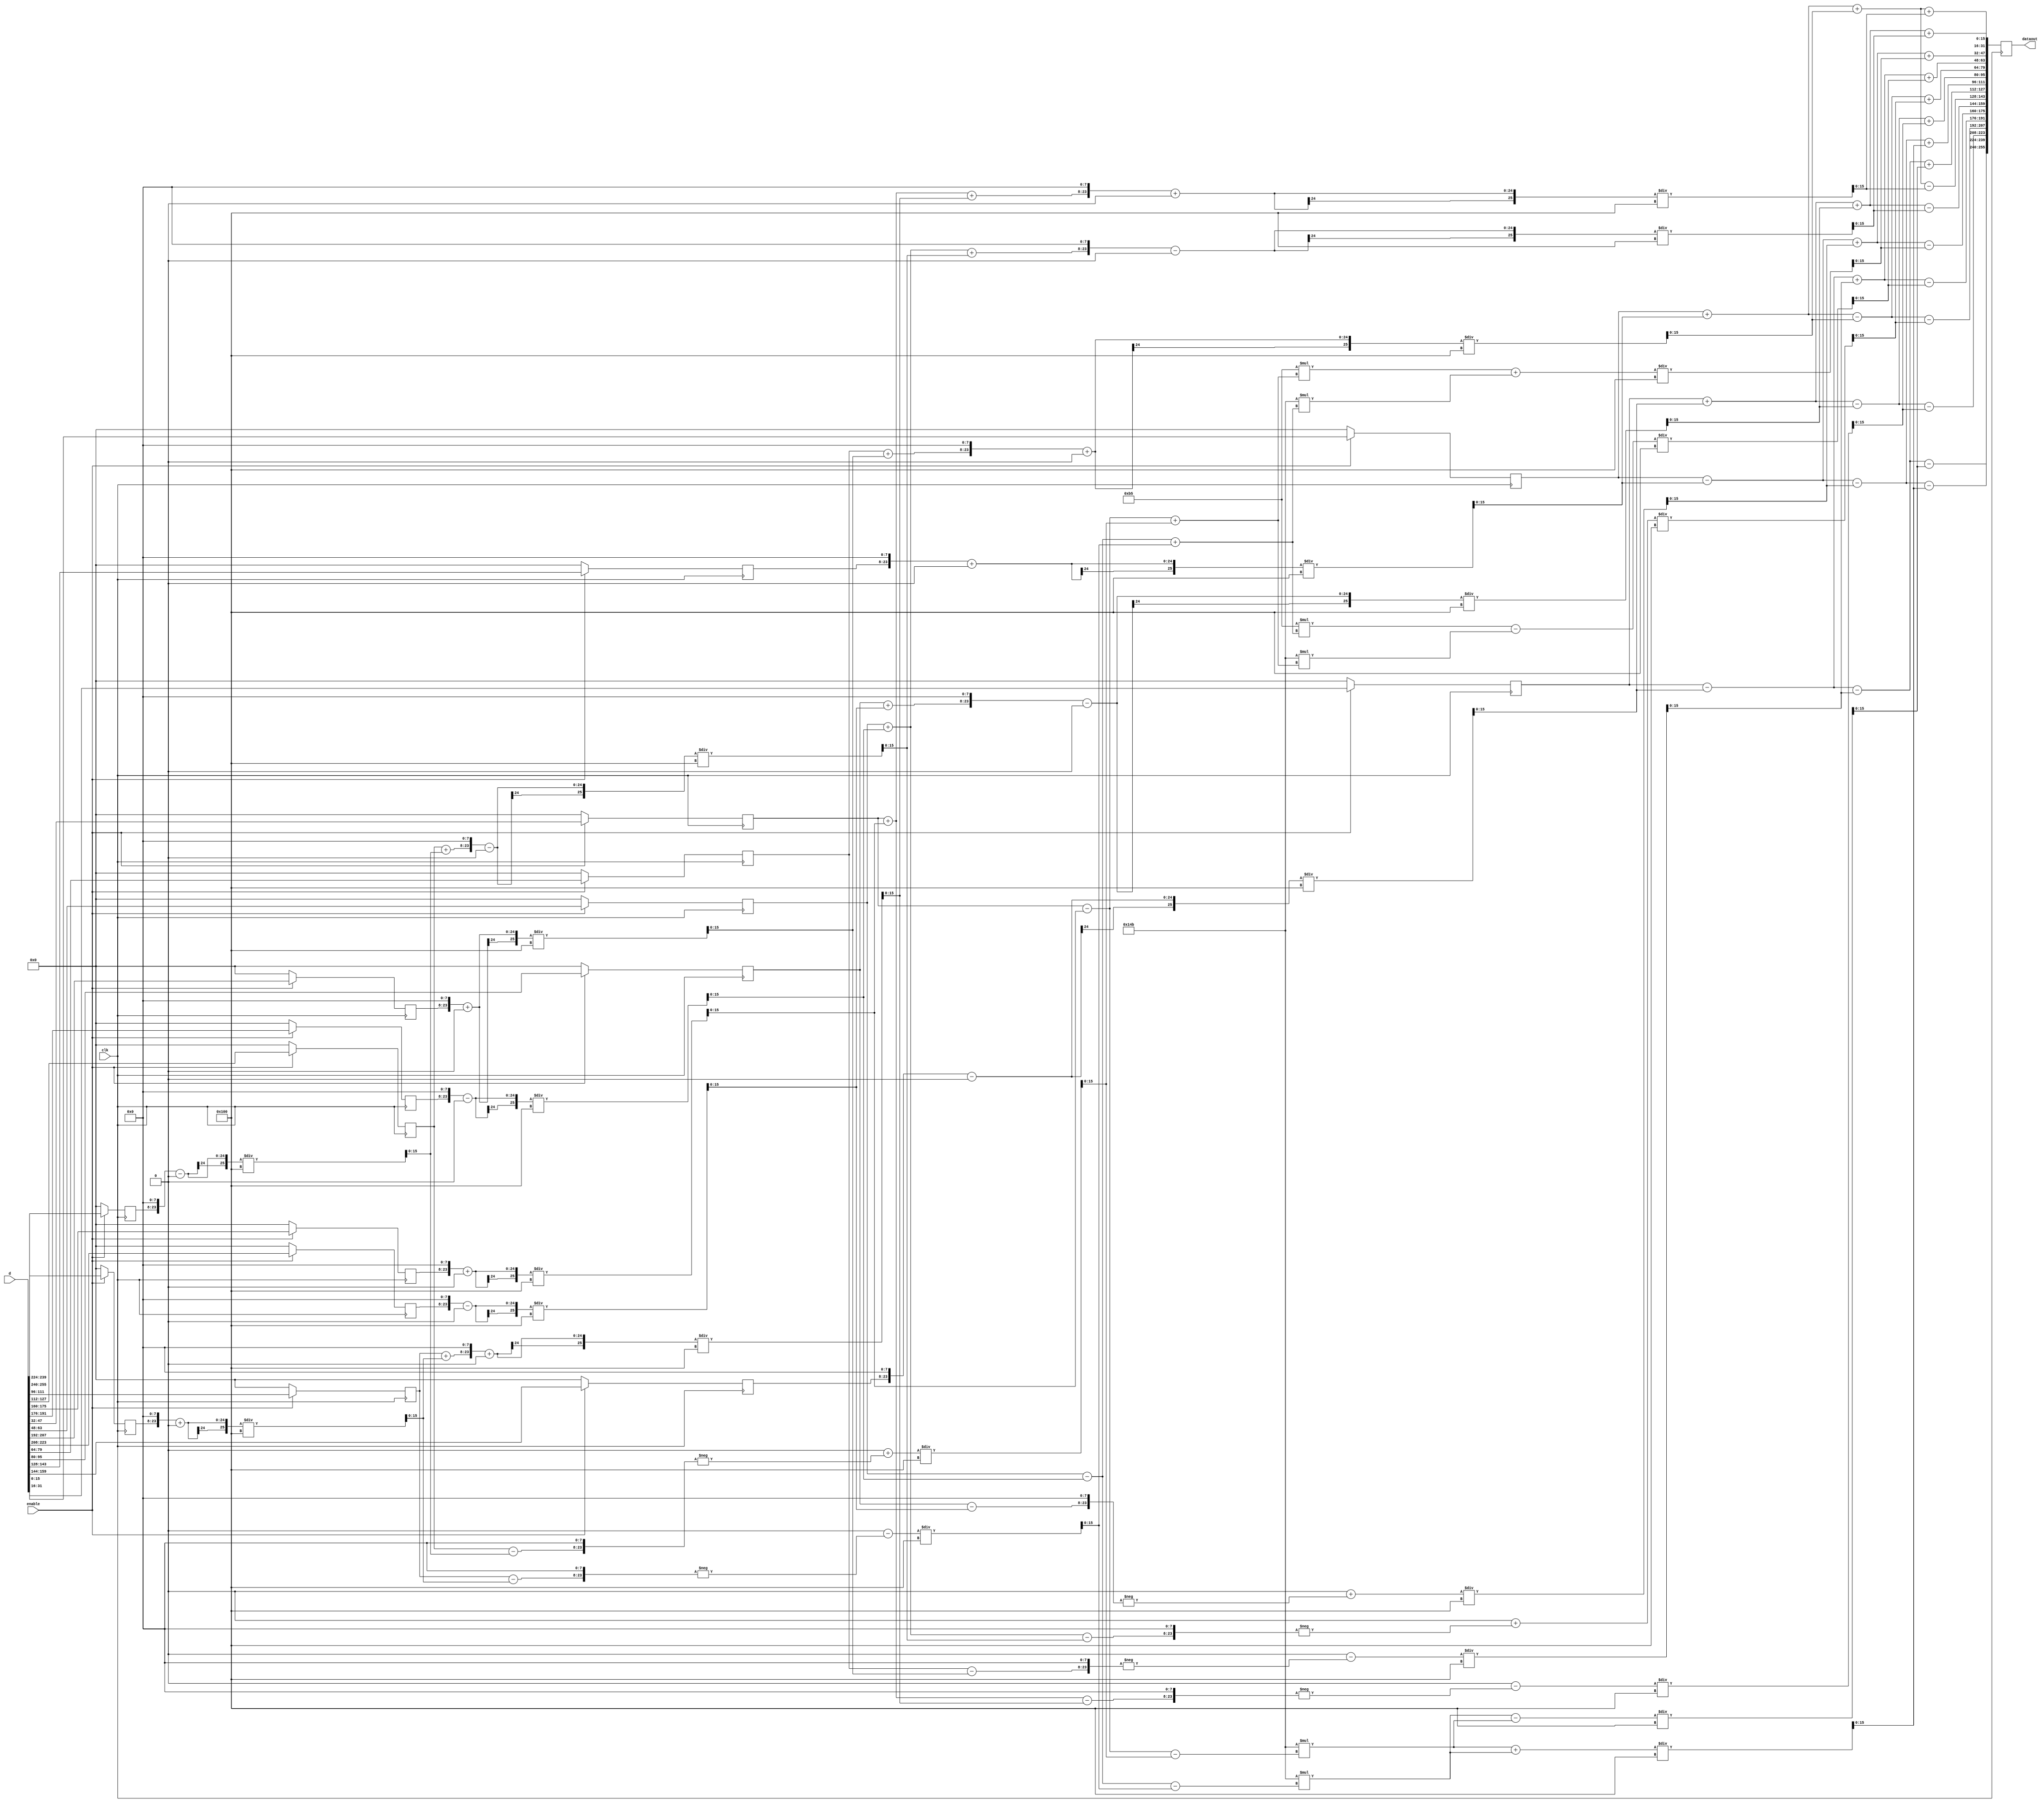
// This is the top Module for FFT algorithm.
module fft(clk, enable, d, dataout);
parameter LEN=8;
input clk, enable;
input signed[255:0] d;
output reg [255:0] dataout;

reg signed[15:0]dr[LEN-1:0];
reg signed[15:0]di[LEN-1:0];
wire signed[15:0]xr[LEN-1:0];
wire signed[15:0]xi[LEN-1:0];
wire signed[15:0]yr[LEN-1:0];
wire signed[15:0]yi[LEN-1:0];
wire signed[127:0]zr;
wire signed[127:0]zi;

integer j;
wire signed[15:0] temp1r,temp1i,temp2r,temp2i; 
wire signed[15:0] temp3r,temp3i,temp4r,temp4i;
wire signed[15:0] temp5r,temp5i,temp6r,temp6i; 
wire signed[15:0] temp7r,temp7i,temp8r,temp8i; 
wire signed[15:0] temp9r,temp9i,temp10r,temp10i; 
wire signed[15:0] temp11r,temp11i,temp12r,temp12i;

wire signed[25:0] tmp1r,tmp1i,tmp2r,tmp2i; 
wire signed[25:0] tmp3r,tmp3i,tmp4r,tmp4i;
wire signed[25:0] tmp5r,tmp5i,tmp6r,tmp6i; 
wire signed[25:0] tmp7r,tmp7i,tmp8r,tmp8i; 
wire signed[25:0] tmp9r,tmp9i,tmp10r,tmp10i; 
wire signed[25:0] tmp11r,tmp11i,tmp12r,tmp12i;

wire signed[25:0] f1,g1,h1,i1;
wire signed[25:0] f2,g2,h2,i2;
wire signed[25:0] f3,g3,h3,i3;
wire signed[25:0] f4,g4,h4,i4;
wire signed[25:0] f5,g5,h5,i5;
wire signed[25:0] f6,g6,h6,i6,g6_tmp, i6_tmp;
wire signed[25:0] f7,g7,h7,i7;
wire signed[25:0] f8,g8,h8,i8,g8_tmp, i8_tmp;
wire signed[25:0] f9,g9,h9,i9;
wire signed[25:0] f10,g10,h10,i10;
wire signed[25:0] f11,g11,h11,i11, g11_tmp, i11_tmp;
wire signed[25:0] f12,g12,h12,i12;

wire signed[9:0] f10_tmp, g10_tmp;
wire signed[9:0] f12_tmp, g12_tmp;

always @(posedge clk)
begin

    if (enable==1)
    begin
        dr[0][15:0]<=d[31:16]; //datar[0];
        di[0][15:0]<=d[15:0]; //datai[0];
        dr[1][15:0]<=d[159:144]; //datar[4];
        di[1][15:0]<=d[143:128]; //datai[4];
        dr[2][15:0]<=d[95:80]; //datar[2];
        di[2][15:0]<=d[79:64]; //datai[2];
        dr[3][15:0]<=d[223:208]; //datar[6];
        di[3][15:0]<=d[207:192]; //datai[6];
        dr[4][15:0]<=d[63:48]; //datar[1];
        di[4][15:0]<=d[47:32]; //datai[1];
        dr[5][15:0]<=d[191:176]; //datar[5];
        di[5][15:0]<=d[175:160]; //datai[5];
        dr[6][15:0]<=d[127:112]; //datar[3];
        di[6][15:0]<=d[111:96]; //datai[3];
        dr[7][15:0]<=d[255:240]; //datar[7];
        di[7][15:0]<=d[239:224]; //datai[7];
    end
    else
    begin
        dr[0][15:0]<=0;
        di[0][15:0]<=0;
        dr[1][15:0]<=0;
        di[1][15:0]<=0;
        dr[2][15:0]<=0;
        di[2][15:0]<=0;
        dr[3][15:0]<=0;
        di[3][15:0]<=0;
        dr[4][15:0]<=0;
        di[4][15:0]<=0;
        dr[5][15:0]<=0;
        di[5][15:0]<=0;
        dr[6][15:0]<=0;
        di[6][15:0]<=0;
        dr[7][15:0]<=0;
        di[7][15:0]<=0;
    end
end

///////////////// FIRST STAGE: /////////////////////
assign	f1 = dr[1]<<8; assign g1 = 0;
assign	h1 = di[1]<<8; assign i1 = 0;
assign  tmp1r = f1 - g1;
assign  tmp1i = h1 + i1;
assign	temp1r = (tmp1r /(256));
assign	temp1i = (tmp1i /(256));
assign  xr[0] = dr[0] + temp1r;
assign	xr[1] = dr[0] - temp1r;
assign	xi[0] = di[0] + temp1i;
assign	xi[1] = di[0] - temp1i;
	
assign	f2 = dr[3]<<8; assign g2 = 0;
assign	h2 = di[3]<<8; assign i2 = 0;
assign  tmp2r = f2 - g2;
assign  tmp2i = h2 + i2;
assign	temp2r = (tmp2r /(256));
assign	temp2i = (tmp2i /(256));
assign	xr[2] = dr[2] + temp2r;
assign	xr[3] = dr[2] - temp2r;
assign	xi[2] = di[2] + temp2i;
assign	xi[3] = di[2] - temp2i;
	
assign  f3 = dr[5]<<8; assign g3 = 0;
assign  h3 = di[5]<<8; assign i3 = 0;
assign  tmp3r = f3 - g3;
assign  tmp3i = h3 + i3;
assign	temp3r = (tmp3r /(256));
assign	temp3i = (tmp3i /(256));
assign	xr[4] = dr[4] + temp3r;
assign	xr[5] = dr[4] - temp3r;
assign	xi[4] = di[4] + temp3i;
assign	xi[5] = di[4] - temp3i;

assign	f4 = dr[7]<<8; assign g4 = 0;
assign	h4 = di[7]<<8; assign i4 = 0;
assign  tmp4r = f4 - g4;
assign  tmp4i = h4 + i4;
assign	temp4r = (tmp4r /(256));
assign	temp4i = (tmp4i /(256));
assign	xr[6] = dr[6] + temp4r;
assign	xr[7] = dr[6] - temp4r;
assign	xi[6] = di[6] + temp4i;
assign	xi[7] = di[6] - temp4i;
	
/////////////////////// SECOND STAGE: /////////////////////////////

assign	f5 = xr[2]<<8; assign g5 = 0;
assign	h5 = xi[2]<<8; assign i5 = 0;
assign  tmp5r = f5 - g5;
assign  tmp5i = h5 + i5;
assign	temp5r = (tmp5r /(256));
assign	temp5i = (tmp5i /(256));
assign	yr[0] = xr[0] + temp5r;
assign	yr[2] = xr[0] - temp5r;
assign	yi[0] = xi[0] + temp5i;
assign	yi[2] = xi[0] - temp5i;

assign	f6 = 0; assign g6_tmp = (xi[3]<<8); assign g6 = -(g6_tmp);
assign	h6 = 0; assign i6_tmp = (xr[3]<<8); assign i6 = -(i6_tmp);
assign  tmp6r = f6 - g6;
assign  tmp6i = h6 + i6;
assign	temp6r = (tmp6r /(256));
assign	temp6i = (tmp6i /(256));
assign	yr[1] = xr[1] + temp6r;
assign	yr[3] = xr[1] - temp6r;
assign	yi[1] = xi[1] + temp6i;
assign	yi[3] = xi[1] - temp6i;

assign	f7 = xr[6]<<8; assign g7 = 0;
assign	h7 = xi[6]<<8; assign i7 = 0;
assign  tmp7r = f7 - g7;
assign  tmp7i = h7 + i7;
assign	temp7r = (tmp7r /(256));
assign	temp7i = (tmp7i /(256));
assign	yr[4] = xr[4] + temp7r;
assign	yr[6] = xr[4] - temp7r;
assign	yi[4] = xi[4] + temp7i;
assign	yi[6] = xi[4] - temp7i;

assign	f8 = 0; assign g8_tmp = (xi[7]<<8); assign g8 = -(g8_tmp);
assign	h8 = 0; assign i8_tmp = (xr[7]<<8); assign i8 = -(i8_tmp);
assign  tmp8r = f8 - g8;
assign  tmp8i = h8 + i8;
assign	temp8r = (tmp8r /(256));
assign	temp8i = (tmp8i /(256));
assign	yr[5] = xr[5] + temp8r;
assign	yr[7] = xr[5] - temp8r;
assign	yi[5] = xi[5] + temp8i;
assign	yi[7] = xi[5] - temp8i;

////////////////////// THIRD STAGE: /////////////////////////////

assign	f9 = yr[4]<<8; assign g9 = 0;
assign	h9 = yi[4]<<8; assign i9 = 0;
assign  tmp9r = f9 - g9;
assign  tmp9i = h9 + i9;
assign	temp9r = (tmp9r /(256));
assign	temp9i = (tmp9i /(256));
assign	zr[15:0] = yr[0] + temp9r;
assign	zr[79:64] = yr[0] - temp9r;
assign	zi[15:0] = yi[0] + temp9i;
assign	zi[79:64] = yi[0] - temp9i;

assign  f10_tmp = 10'b0010110101; 
assign  g10_tmp = 10'b1101001011;
assign	f10 = f10_tmp*yr[5]; assign g10 = g10_tmp*yi[5];
assign	h10 = f10_tmp*yi[5]; assign i10 = g10_tmp*yr[5];
assign  tmp10r = f10 - g10;
assign  tmp10i = h10 + i10;
assign	temp10r = (tmp10r /(256));
assign	temp10i = (tmp10i /(256));
assign	zr[31:16] = yr[1] + temp10r;
assign	zr[95:80] = yr[1] - temp10r;
assign	zi[31:16] = yi[1] + temp10i;
assign	zi[95:80] = yi[1] - temp10i;

assign	f11 = 0; assign g11_tmp = (yi[6]<<8); assign g11 = -(g11_tmp);
assign	h11 = 0; assign i11_tmp = (yr[6]<<8); assign i11 = -(i11_tmp);
assign  tmp11r = f11 - g11;
assign  tmp11i = h11 + i11;
assign	temp11r = (tmp11r /(256));
assign	temp11i = (tmp11i /(256));
assign	zr[47:32] = yr[2] + temp11r;
assign	zr[111:96] = yr[2] - temp11r;
assign	zi[47:32] = yi[2] + temp11i;
assign	zi[111:96] = yi[2] - temp11i;

assign  f12_tmp = 10'b1101001011;
assign  g12_tmp = 10'b1101001011;
assign	f12 = f12_tmp*yr[7]; assign g12 = g12_tmp*yi[7];
assign	h12 = f12_tmp*yi[7]; assign i12 = g12_tmp*yr[7];
assign  tmp12r = f12 - g12;
assign  tmp12i = h12 + i12;
assign	temp12r = (tmp12r /(256));
assign	temp12i = (tmp12i /(256));
assign	zr[63:48] = yr[3] + temp12r;
assign	zr[127:112] = yr[3] - temp12r;
assign	zi[63:48] = yi[3] + temp12i;
assign	zi[127:112] = yi[3] - temp12i;


always @(posedge clk)
begin
	dataout[15:0] <= zi[15:0];
	dataout[31:16] <= zr[15:0];
	dataout[47:32] <= zi[31:16];
	dataout[63:48] <= zr[31:16];
	dataout[79:64] <= zi[47:32];
	dataout[95:80] <= zr[47:32];
	dataout[111:96] <= zi[63:48];
	dataout[127:112] <= zr[63:48];
	dataout[143:128] <= zi[79:64];
	dataout[159:144] <= zr[79:64];
	dataout[175:160] <= zi[95:80];
	dataout[191:176] <= zr[95:80];
	dataout[207:192] <= zi[111:96];
	dataout[223:208] <= zr[111:96];
	dataout[239:224] <= zi[127:112];
	dataout[255:240] <= zr[127:112];
end


endmodule